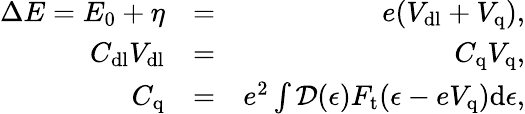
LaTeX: \begin{array}{rlr}{\Delta E=E_{0}+\eta}&{=}&{e(V_{\mathrm{dl}}+V_{\mathrm{q}}),}\\ {C_{\mathrm{dl}}V_{\mathrm{dl}}}&{=}&{C_{\mathrm{q}}V_{\mathrm{q}},}\\ {C_{\mathrm{q}}}&{=}&{e^{2}\int\mathcal{D}(\epsilon)F_{\mathrm{t}}(\epsilon-eV_{\mathrm{q}})\mathrm{d}\epsilon,}\end{array}